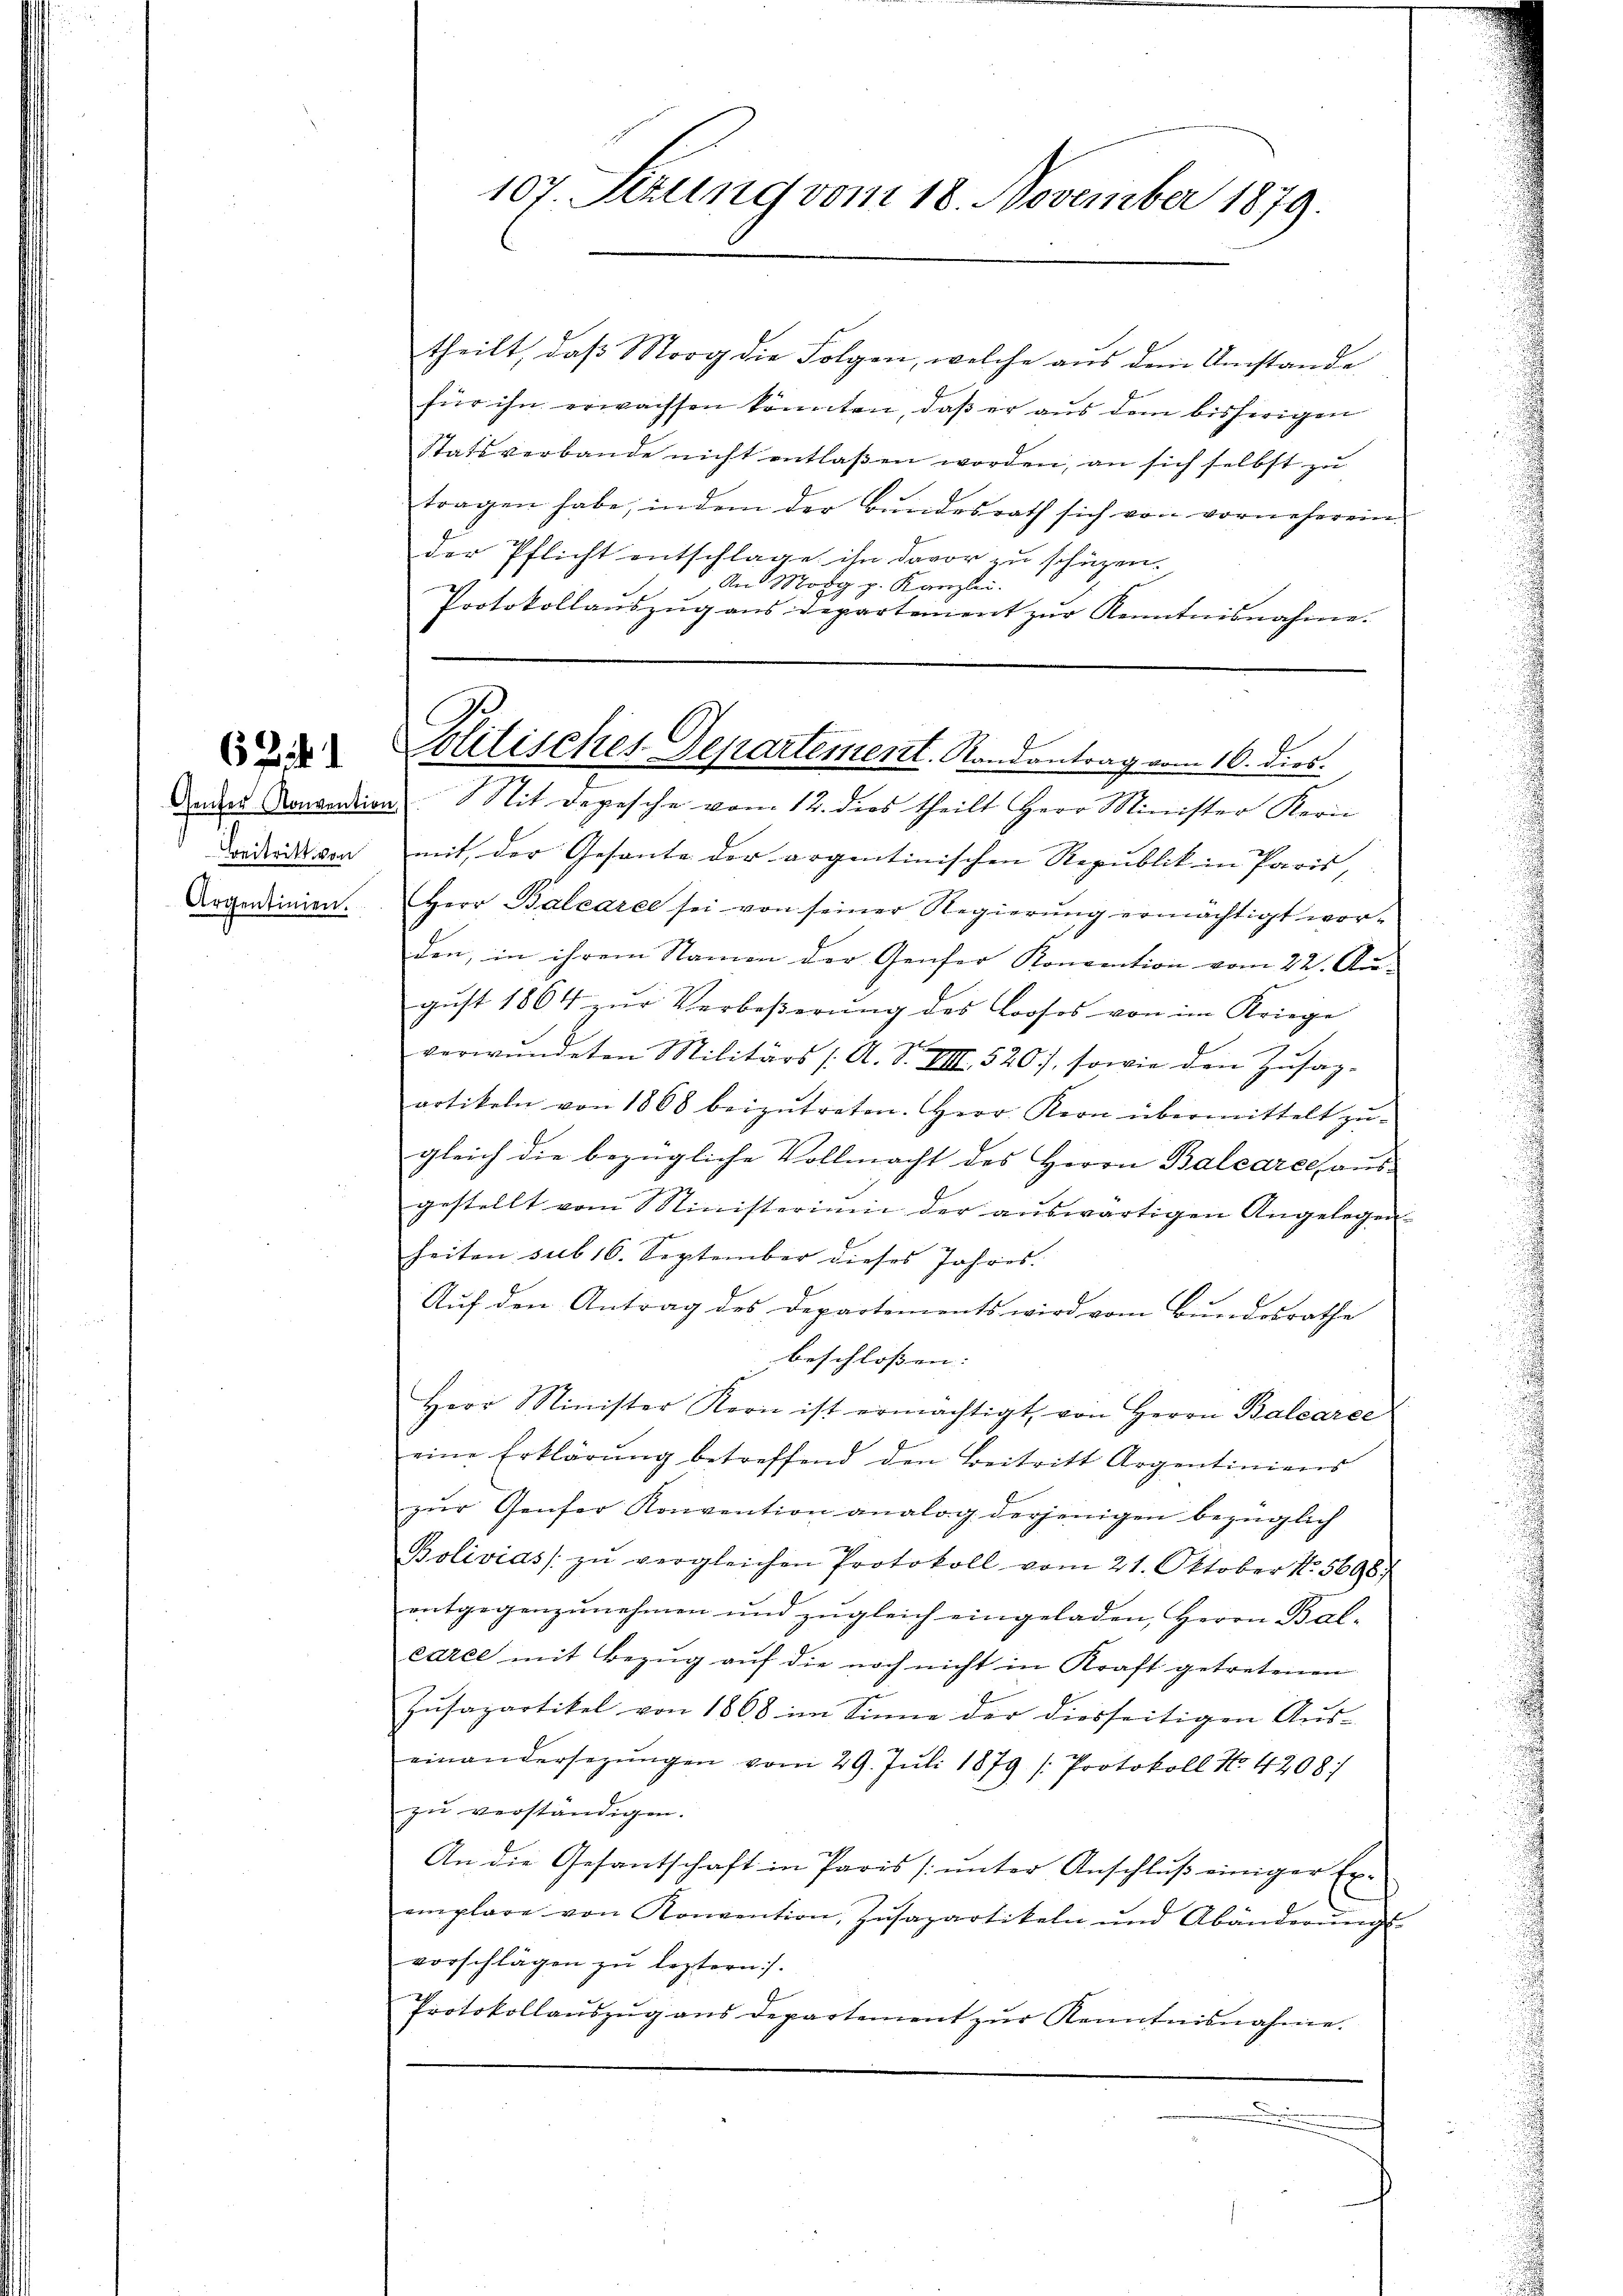
61

Beitritt von
Argentinien.

theilt, daß Morg die Folgen, welche aus dem Umstände
für ihn erwachsen könnten, daß er aus dem bisherigen
Statsverbande nicht entlaßen worden, an sich selbst zu
tragen habe, indem der Bŭndesrath sich von vorneherein-
der Pflicht entschlage ihn davor zu schüzen.
An Morg p. Kanzlei.
Protokollaŭszŭg ans departement zŭr Kenntnisnahme.

107. Sezung vom 18. November 1879.

A
Solitisches Departement. Randantrag vom 16. dies.

Deder Komandion Mit Depesche vom 12. dies theilt Herr Minister Kern
mit der Gesante der argentinischen Republik in Paris, |
Herr Balcarce sei von seiner Regierŭng ermächtigt wor-
den, in ihrem Namen der Genfer Koncention vom 22. Au-
gŭst 1864 zŭr Verboβerŭng des Loosos von im Kriege
e
verwŭndeten Militärs /A. S. VIII 520), sowie den Zŭsag-
artikeln von 1868 beizŭtreten. Herr Kern übermittelt zŭ-
gleich die bezügliche Vollmacht des Herrn Balcareeaŭs-
gestellt vom Ministeriŭm der aŭswärtigen Angelegen
heiten sub 16. September dieses Jahres.
Auf den Antrag des Departements wird vom Bundesrathe
beschlossen: |
Herr Minister Kern ist ermächtigt, von Herrn Balcarce
eine Erklärŭng betreffend den Beitritt Argentiniens
zŭr Genfer Konvention analog derjenigen bezüglich
Bolivias. zŭ vergleichen Protokoll vom 21. Oktober N.5696.
entgegenzunehmen und zugleich eingeladen, Herrn Bal-
caree mit Bezŭg aŭf die noch nicht in Kraft getretenen
Zusapartikel von 1868 im Sinne der diesseitigen Aus-
einandersegŭngen vom 29. Jŭli 1879 (Protokoll No. 4208;
zu verständigen.
An die Gesantschaft in Paris ŭnter Anschluß einiger Exemplare von Konvention, Zusapartikeln und Abänderŭng
vorschlägen zŭ leztern).
Protokollauszug aus Departement zŭr Kenntnisnahme.
.